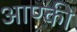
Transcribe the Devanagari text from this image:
आण्की